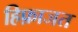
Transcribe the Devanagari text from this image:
हिफ़ाजत